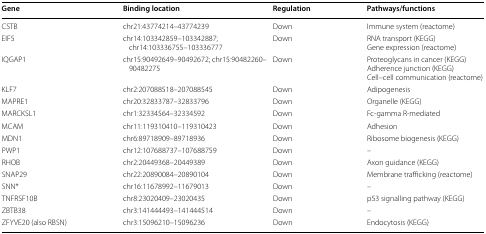
<table><thead><tr><td><b>Gene</b></td><td><b>Binding location</b></td><td><b>Regulation</b></td><td><b>Pathways/functions</b></td></tr></thead><tbody><tr><td>CSTB</td><td>chr21:43774214–43774239</td><td>Down</td><td>Immune system (reactome)</td></tr><tr><td>EIF5</td><td>chr14:103342859–103342887; chr14:103336755–103336777</td><td>Down</td><td>RNA transport (KEGG)Gene expression (reactome)</td></tr><tr><td>IQGAP1</td><td>chr15:90492649–90492672; chr15:90482260–90482275</td><td>Down</td><td>Proteoglycans in cancer (KEGG)Adherence junction (KEGG)Cell–cell communication (reactome)</td></tr><tr><td>KLF7</td><td>chr2:207088518–207088545</td><td>Down</td><td>Adipogenesis</td></tr><tr><td>MAPRE1</td><td>chr20:32833787–32833796</td><td>Down</td><td>Organelle (KEGG)</td></tr><tr><td>MARCKSL1</td><td>chr1:32334564–32334592</td><td>Down</td><td>Fc-gamma R-mediated</td></tr><tr><td>MCAM</td><td>chr11:119310410–119310423</td><td>Down</td><td>Adhesion</td></tr><tr><td>MDN1</td><td>chr6:89718909–89718936</td><td>Down</td><td>Ribosome biogenesis (KEGG)</td></tr><tr><td>PWP1</td><td>chr12:107688737–107688759</td><td>Down</td><td>–</td></tr><tr><td>RHOB</td><td>chr2:20449368–20449389</td><td>Down</td><td>Axon guidance (KEGG)</td></tr><tr><td>SNAP29</td><td>chr22:20890084–20890104</td><td>Down</td><td>Membrane trafficking (reactome)</td></tr><tr><td>SNN*</td><td>chr16:11678992–11679013</td><td>Down</td><td>–</td></tr><tr><td>TNFRSF10B</td><td>chr8:23020409–23020435</td><td>Down</td><td>p53 signalling pathway (KEGG)</td></tr><tr><td>ZBTB38</td><td>chr3:141444493–141444514</td><td>Down</td><td>–</td></tr><tr><td>ZFYVE20 (also RBSN)</td><td>chr3:15096210–15096236</td><td>Down</td><td>Endocytosis (KEGG)</td></tr></tbody></table>